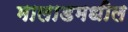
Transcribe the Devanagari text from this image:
मालाडमधील